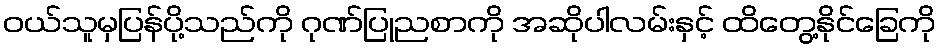
ဝယ်သူမှပြန်ပို့သည်ကို ဂုဏ်ပြုညစာကို အဆိုပါလမ်းနှင့် ထိတွေ့နိုင်ခြေကို